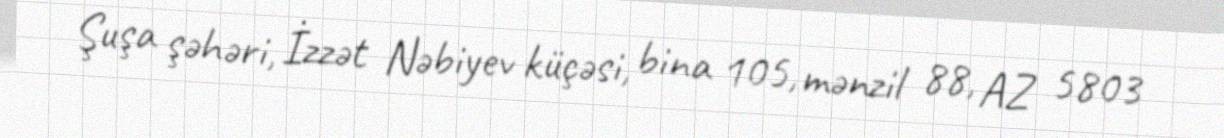
Şuşa şəhəri, İzzət Nəbiyev küçəsi, bina 105, mənzil 88, AZ 5803